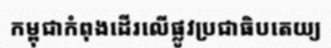
កម្ពុជាកំពុងដើរលើផ្លូវប្រជាធិបតេយ្យ